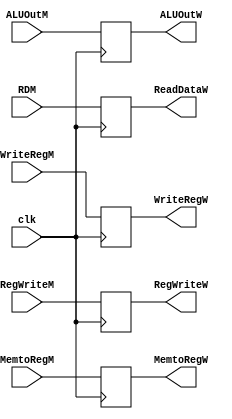
module  latch_d(
    input           clk,

    input           RegWriteM,
    input           MemtoRegM,
    input   [31:0]  ALUOutM,
    input   [31:0]  RDM,
    input   [4:0]   WriteRegM,

    output  reg         RegWriteW,
    output  reg         MemtoRegW,
    output  reg [31:0]  ALUOutW,
    output  reg [31:0]  ReadDataW,
    output  reg [4:0]   WriteRegW      
);

always @(posedge clk)begin
    RegWriteW <= RegWriteM;
    MemtoRegW <= MemtoRegM;
    ALUOutW <= ALUOutM;
    ReadDataW <= RDM;
    WriteRegW <= WriteRegM;
end

endmodule